Indian journal of veterinary science and animal husbandry - Volumes 15-17, 1948-1951
Year: 1948
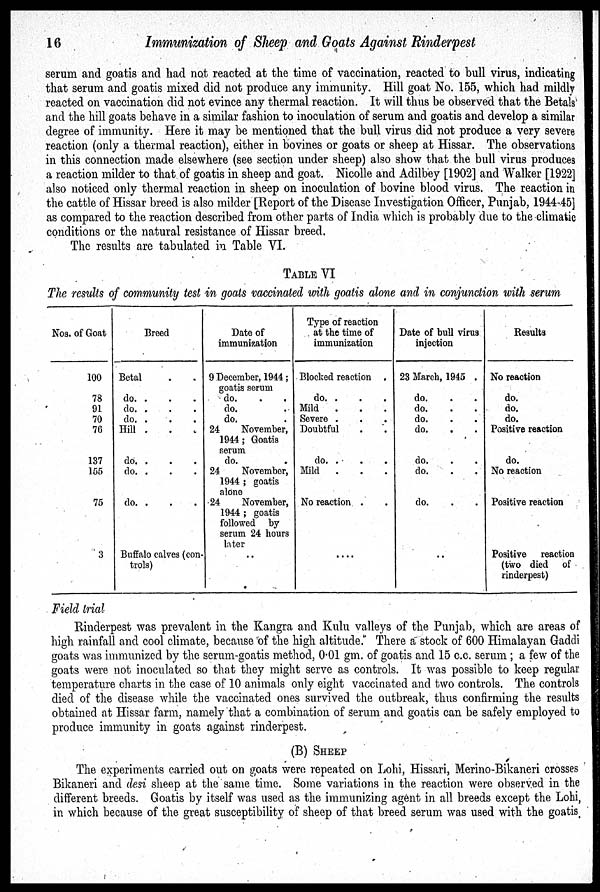
16
Immunization of Sheep and Goats Against Rinderpest
serum and goatis and had not reacted at the time of vaccination, reacted to bull virus, indicating
that serum and goatis mixed did not produce any immunity. Hill goat No. 155, which had mildly
reacted on vaccination did not evince any thermal reaction. It will thus be observed that the Betals
and the hill goats behave in a similar fashion to inoculation of serum and goatis and develop a similar
degree of immunity. Here it may be mentioned that the bull virus did not produce a very severe
reaction (only a thermal reaction), either in bovines or goats or sheep at Hissar. The observations
in this connection made elsewhere (see section under sheep) also show that the bull virus produces
a reaction milder to that of goatis in sheep and goat. Nicolle and Adilbey [1902] and Walker [1922]
also noticed only thermal reaction in sheep on inoculation of bovine blood virus. The reaction in
the cattle of Hissar breed is also milder [Report of the Disease Investigation Officer, Punjab, 1944-45]
as compared to the reaction described from other parts of India which is probably due to the climatic
conditions or the natural resistance of Hissar breed.
The results are tabulated in Table VI.
TABLE VI
The results of community test in goats vaccinated with goatis alone and in conjunction with serum
Nos. of Goat
100
78
91
70
76
137
155
75
3
Breed
Betal . .
do. . . .
do. . . .
do. . . .
Hill . . .
do. . . .
do. . . .
do. . . .
Buffalo calves (con-
trols)
Date of
immunization
9 December, 1944 ;
goatis serum
do. . .
do. .
do. .
24
November,
1944 ; Goatis
serum
do. .
24
November,
1944 ; goatis
alone
24
November,
1944 ; goatis
followed by
serum 24 hours
later ..
Type of reaction
at the time of
immunization
Blocked reaction .
do. . . .
Mild . . .
Severe . . .
Doubtful . .
do. . . .
Mild . . .
No reaction . .
....
Date of bull virus
injection
23 March, 1945 .
do. . .
do. . .
do. . .
do. . .
do. . .
do. . .
do. . .
..
Results
No reaction
do.
do.
do.
Positive reaction
do.
No reaction
Positive reaction
Positive reaction
(two died of
rinderpest)
Field trial
Rinderpest was prevalent in the Kangra and Kulu valleys of the Punjab, which are areas of
high rainfall and cool climate, because of the high altitude. There a stock of 600 Himalayan Gaddi
goats was immunized by the serum-goatis method, 0.01 gm. of goatis and 15 c.c. serum ; a few of the
goats were not inoculated so that they might serve as controls. It was possible to keep regular
temperature charts in the case of 10 animals only eight vaccinated and two controls. The controls
died of the disease while the vaccinated ones survived the outbreak, thus confirming the results
obtained at Hissar farm, namely that a combination of serum and goatis can be safely employed to
produce immunity in goats against rinderpest.
(B) SHEEP
The experiments carried out on goats were repeated on Lohi, Hissari, Merino-Bikaneri crosses
Bikaneri and desi sheep at the same time. Some variations in the reaction were observed in the
different breeds. Goatis by itself was used as the immunizing agent in all breeds except the Lohi,
in which because of the great susceptibility of sheep of that breed serum was used with the goatis